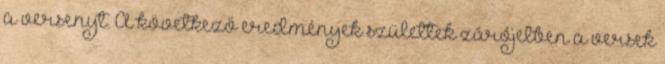
a versenyt. A következő eredmények születtek zárójelben a versek